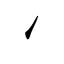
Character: ㇀